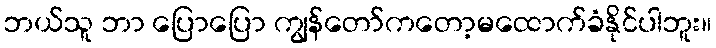
ဘယ်သူ ဘာ ပြောပြော ကျွန်တော်ကတော့မထောက်ခံနိုင်ပါဘူး။